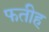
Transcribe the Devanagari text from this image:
फतीह